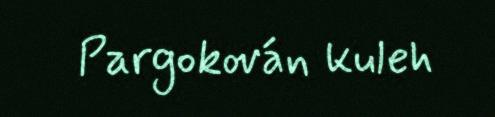
Pargokován kuleh